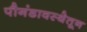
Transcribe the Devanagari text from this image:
पौगंडावस्थेतून